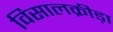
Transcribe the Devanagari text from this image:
विसालक्रीड़ा